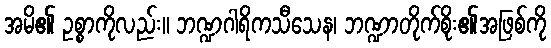
အမိ၏ ဥစ္စာကိုလည်း။ ဘဏ္ဍဂါရိကသီသေန၊ ဘဏ္ဍာတိုက်စိုး၏အဖြစ်ကို